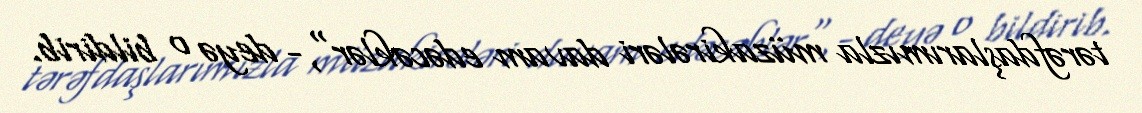
tərəfdaşlarımızla müzakirələri davam edəcəklər",- deyə o bildirib.